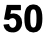
50